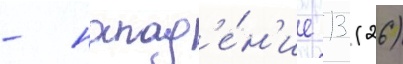
- напад'е́н'ие 13 (26)